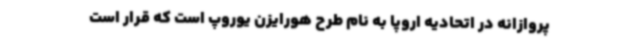
پروازانه در اتحادیه اروپا به نام طرح هورایزن یوروپ است که قرار است